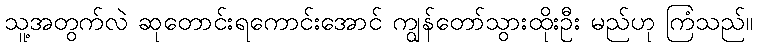
သူ့အတွက်လဲ ဆုတောင်းရကောင်းအောင် ကျွန်တော်သွားထိုးဦး မည်ဟု ကြံသည်။